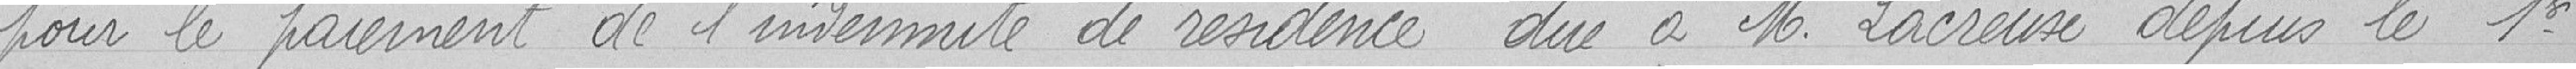
pour le paiement de l'indemnité de résidence due à monsieur Lacreuse depuis le 1er